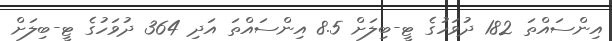
އިންސައްތަ 182 ދުވަހުގެ ޓީ-ބިލަށް 8.5 އިންސައްތަ އަދި 364 ދުވަހުގެ ޓީ-ބިލަށް